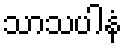
သာသပါနံ